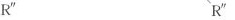
R'' R''